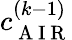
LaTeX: c_{\mathrm{~A~I~R~}}^{(k-1)}